Civil Veterinary Dept. North-West Frontier Province 1901-22 - 1901-1922
Year: 1901
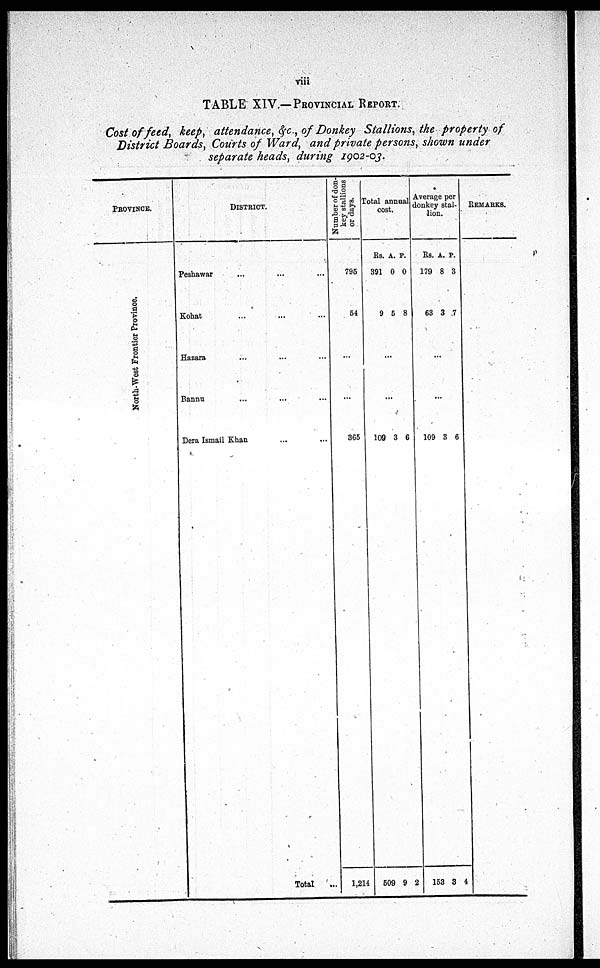
viii
TABLE XIV.—PROVINCIAL REPORT.
Cost of feed, keep, attendance, &c., of Donkey Stallions, the property of
District Boards, Courts of Ward, and private persons, shown under
separate heads, during 1902-03.
PROVINCE.
North-West Fr ont i
er Pr ovi nce.
DISTRICT.
Peshawar ... ... ...
Kohat ... ... ...
Hazara ... ... ...
Bannu ... ... ...
Dera Ismail Khan ... ... ...
Total ...
Number of don-
key stallions
or days.
795
54
...
...
365
1,214
Total
annual
cost.
Rs.
391
9
A.
0
5
P.
0
8
...
...
109
509
3
9
6
2
Averag
donkey
stal-
---n.
Rs.
179
63
A.
8
3
P.
3
7
...
...
109
153
3
3
6
4
REMARKS.